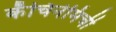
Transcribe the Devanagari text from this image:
कॅचिनेमिची